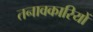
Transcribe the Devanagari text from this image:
तनावकारियों